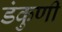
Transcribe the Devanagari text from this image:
डंकुणी